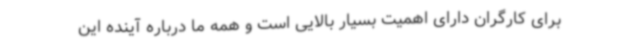
برای کارگران دارای اهمیت بسیار بالایی است و همه ما درباره آینده این